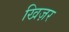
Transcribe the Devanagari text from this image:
खिज़र